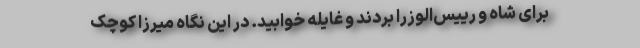
برای شاه و رییس‌الوزرا بردند و غایله خوابید. در این نگاه میرزا کوچک